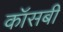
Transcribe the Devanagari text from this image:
कॉसबी